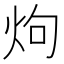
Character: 𮳤